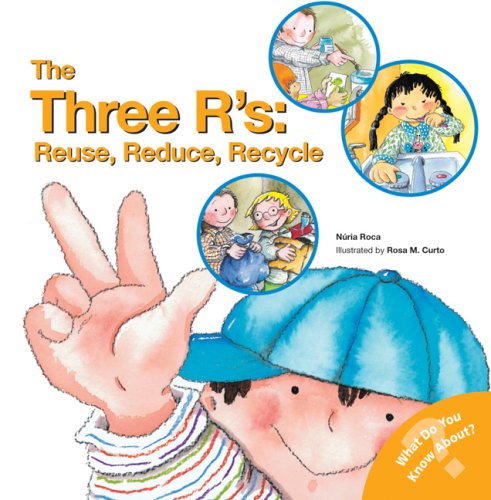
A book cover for The Three R's: Reuse, Reduce, Recycle (What Do You Know About? Books); Nuria Roca; Children's Books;